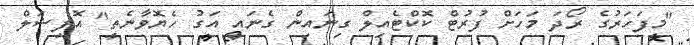
"މިފަހަރުގެ ރޯދަ މަހަށް ފުރުޓް ކޮކްޓެއިލް ގިނައިން ގެނައީ އަގު ހެޔޮވާނެތީ" އޮފިޝަލް